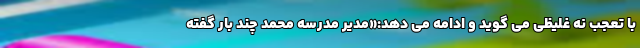
با تعجب نه غلیظی می گوید و ادامه می دهد:«مدیر مدرسه محمد چند بار گفته